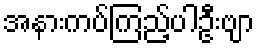
အနားကပ်ကြည့်ပါဦးဗျာ